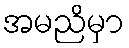
အမညိမှာ